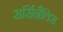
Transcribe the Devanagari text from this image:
सर्सिनैलिस